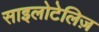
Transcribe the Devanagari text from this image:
साइलोटेलिज़